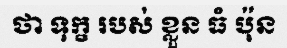
ថា ទុក្ខ របស់ ខ្លួន ធំ ប៉ុន